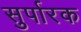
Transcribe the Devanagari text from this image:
सुर्पारक